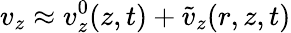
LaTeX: v_{z}\approx v_{z}^{0}(z,t)+\tilde{v}_{z}(r,z,t)